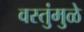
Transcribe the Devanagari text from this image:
वस्तुंमुळे